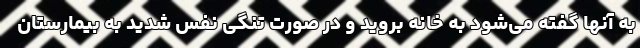
به آنها گفته می‌شود به خانه بروید و در صورت تنگی نفس شدید به بیمارستان